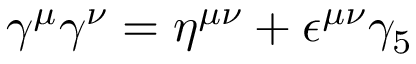
\gamma ^ { \mu } \gamma ^ { \nu } = \eta ^ { \mu \nu } + \epsilon ^ { \mu \nu } \gamma _ { 5 }